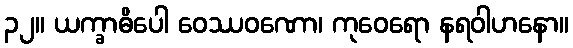
၃၂။ ယက္ခာဓိပေါ ဝေဿဝဏော၊ ကုဝေရော နရဝါဟနော။